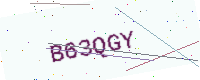
Text: B63QGY